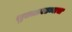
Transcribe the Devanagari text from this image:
सुलतानढव्याचा